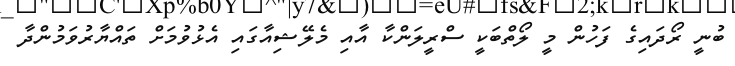
ބުނީ ރޯދައިގެ ފަހުން މީ ލޯތްބަކީ ސްރީލަންކާ އާއި މެލޭޝިއާގައި އެޅުވުމަށް ތައްޔާރުވަމުންދާ